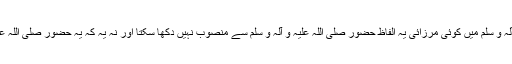
حدیث نبوی صلی اللہ علیہ و آلہ و سلم میں کوئی مرزائی یہ الفاظ حضور صلی اللہ علیہ و آلہ و سلم سے منصوب نہیں دکھا سکتا اور نہ یہ کہ یہ حضور صلی اللہ علیہ و آلہ و سلم کی رائے تھی۔